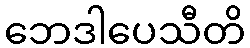
ဘေဒါပေသီတိ